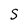
Character: s